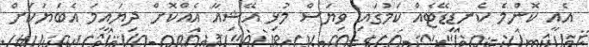
އެއީ ކޮންމެ ކެނޑިޑޭޓެއް ކަމުގައި ވިޔަސް މުޅި އޭޝިއާ އެއްކޮށް ދިޔައީމަ އެބަޔަކަށް